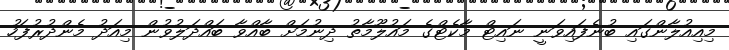
މިއިއުލާންގައި ބުނެފައިވަނީ ނައިޓް މާކެޓްގެ މައުލޫމާތު ދިނުމަށް ބާއްވާ ބައްދަލުވުން މިއަދު މެންދުރުފަހު